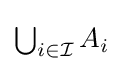
{\textstyle \bigcup _{i\in {\mathcal {I}}}A_{i}}